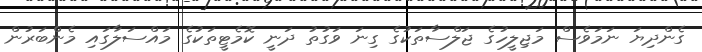
ގެންދިޔަ ނަމަވެސް މަޖިލީހުގެ ޖަލްސާތަކުގެ ގިނަ ވަގުތު ދަނީ ކޮމެޓީތަކުގެ މައްސަލާގައި މެންބަރުން